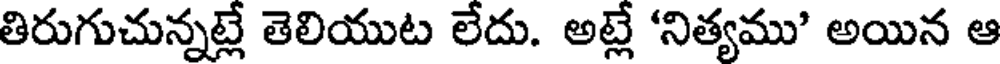
తిరుగుచున్నట్లే తెలియుట లేదు. అట్లే 'నిత్యము' అయిన ఆ